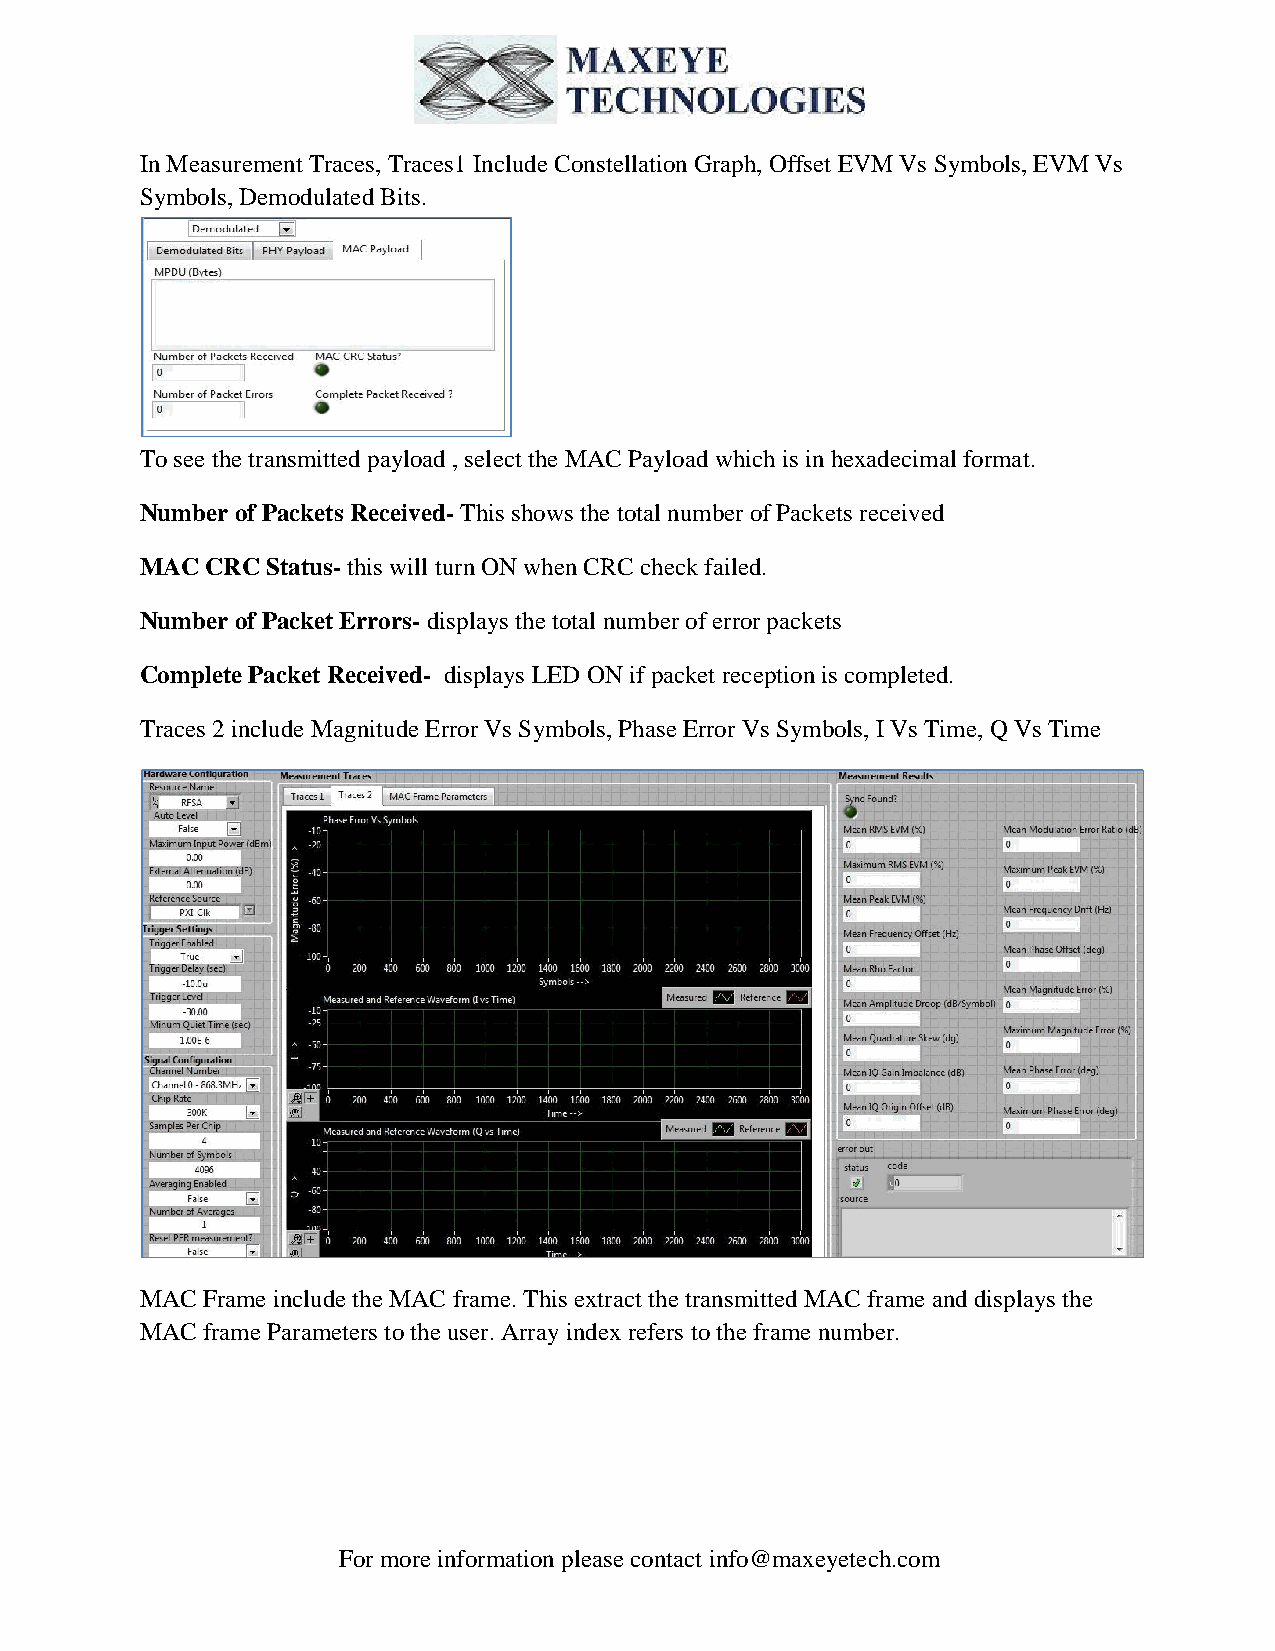
In Measurement Traces, Traces1 Include Constellation Graph, Offset EVM Vs Symbols, EVM Vs
 Symbols, Demodulated Bits.
 To see the transmitted payload , select the MAC Payload which is in hexadecimal format.
 Number of Packets Received- This shows the total number of Packets received
 MAC  CRC Status- this will turn ON when CRC check failed.
 Number of Packet Errors- displays the total number of error packets
 Complete Packet Received- displays LED ON if packet reception is completed.
 Traces 2 include Magnitude Error Vs Symbols, Phase Error Vs Symbols, I Vs Time, Q Vs Time
 MAC Frame include the MAC frame. This extract the transmitted MAC frame and displays the
 MAC frame Parameters to the user. Array index refers to the frame number.
 For more information please contact info@maxeyetech.com